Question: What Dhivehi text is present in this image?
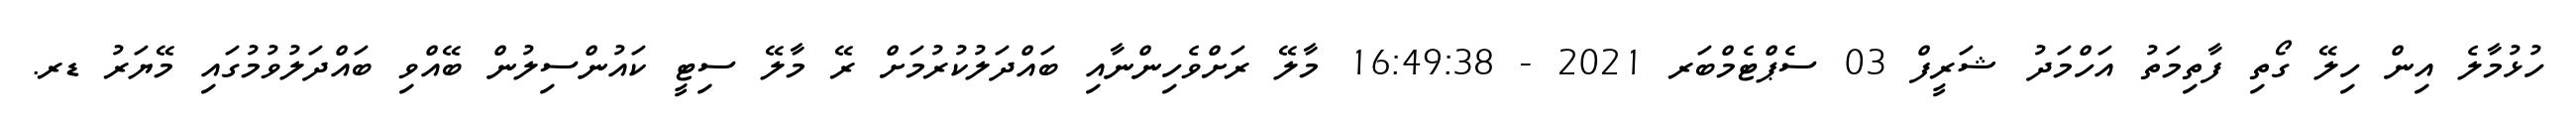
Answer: ހުޅުމާލެ އިން ހިލޭ ގޯތި ފާތިމަތު އަހްމަދު ޝަރީފް 03 ސެޕްޓެމްބަރ 2021 - 16:49:38 މާލޭ ރަށްވެހިންނާއި ބައްދަލުކުރުމަށް ރޭ މާލޭ ސިޓީ ކައުންސިލުން ބޭއްވި ބައްދަލުވުމުގައި މޭޔަރު ޑރ.